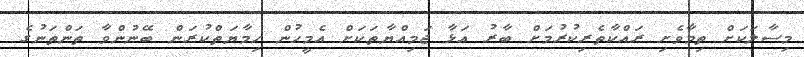
މިސާލަކަށް ތިމާވެށި ރައްކާތެރިކުރުމަށް ބާރު އަޅާ ޖަމިއްޔާތަކަށް އެމީހުން ހިމާޔަތްކުރަން ބޭނުންވާ ތަންތަނުގެ